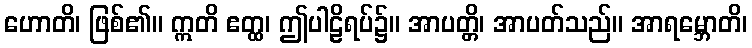
ဟောတိ၊ ဖြစ်၏။ ဣတိ ဧတ္ထ၊ ဤပါဠိရပ်၌။ အာပတ္တိ၊ အာပတ်သည်။ အာရမ္ဘောတိ၊